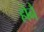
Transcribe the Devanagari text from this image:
होनै